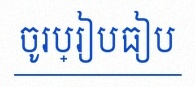
ចូរប្រៀបធៀប